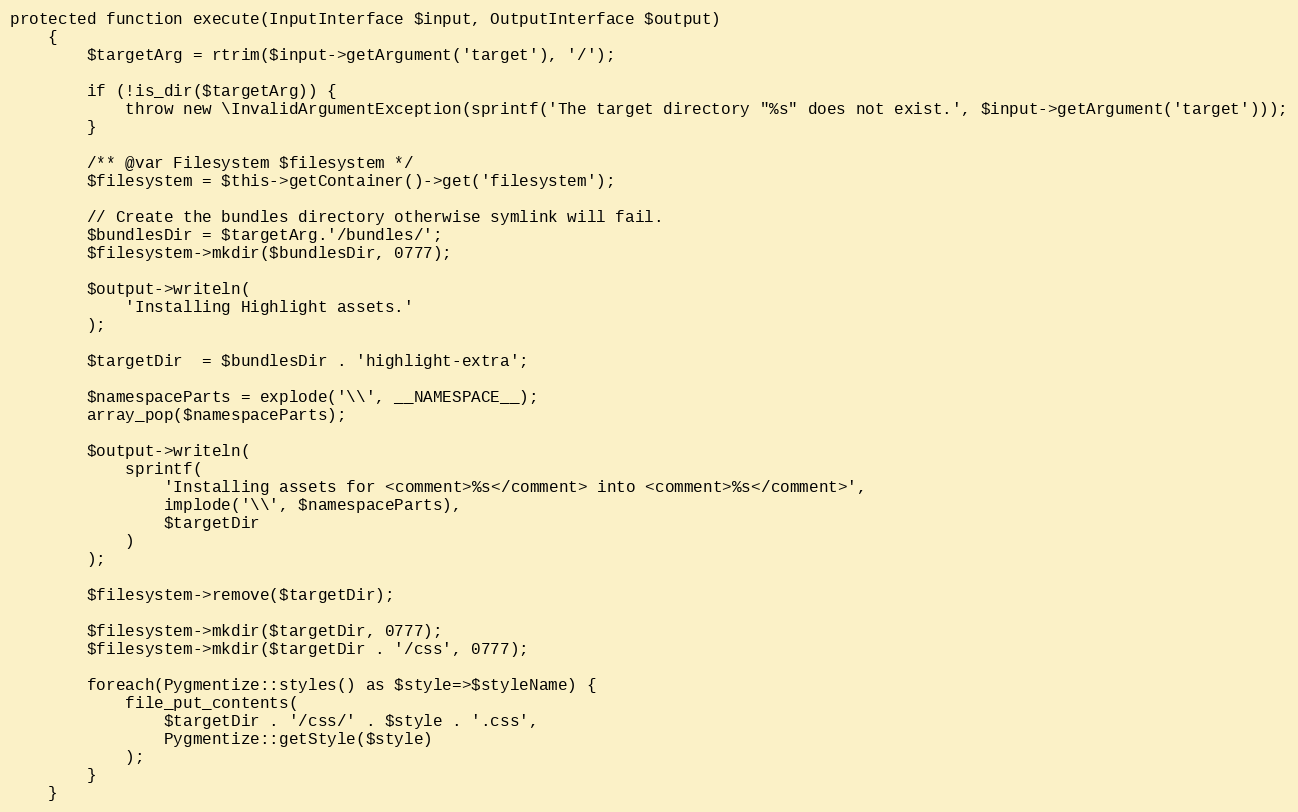
Language: PHP
protected function execute(InputInterface $input, OutputInterface $output)
    {
        $targetArg = rtrim($input->getArgument('target'), '/');

        if (!is_dir($targetArg)) {
            throw new \InvalidArgumentException(sprintf('The target directory "%s" does not exist.', $input->getArgument('target')));
        }

        /** @var Filesystem $filesystem */
        $filesystem = $this->getContainer()->get('filesystem');

        // Create the bundles directory otherwise symlink will fail.
        $bundlesDir = $targetArg.'/bundles/';
        $filesystem->mkdir($bundlesDir, 0777);

        $output->writeln(
            'Installing Highlight assets.'
        );

        $targetDir  = $bundlesDir . 'highlight-extra';

        $namespaceParts = explode('\\', __NAMESPACE__);
        array_pop($namespaceParts);

        $output->writeln(
            sprintf(
                'Installing assets for <comment>%s</comment> into <comment>%s</comment>',
                implode('\\', $namespaceParts),
                $targetDir
            )
        );

        $filesystem->remove($targetDir);

        $filesystem->mkdir($targetDir, 0777);
        $filesystem->mkdir($targetDir . '/css', 0777);

        foreach(Pygmentize::styles() as $style=>$styleName) {
            file_put_contents(
                $targetDir . '/css/' . $style . '.css',
                Pygmentize::getStyle($style)
            );
        }
    }